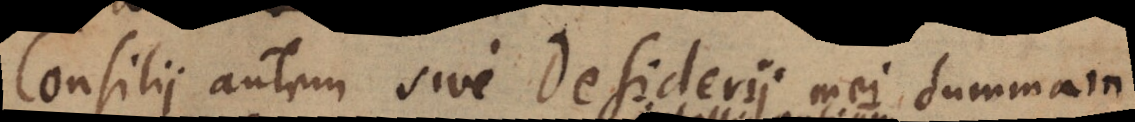
Consilii autem sive Desiderii mei summam